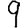
Digit: 9